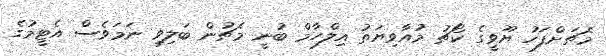
މެޗަށްފަހު ޔޫވީގެ ކޯޗު މުއާވިޔަތު އިލްހާމް ބުނީ މެޗުން ބަލިވި ނަމަވެސް އެޓީމުގެ